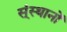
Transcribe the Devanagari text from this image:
स्ंस्थानों